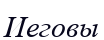
Иеговы